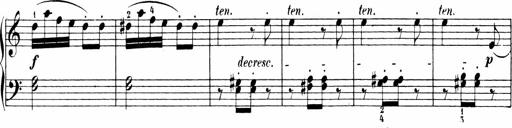
Title: Sonatinen Op.47, 98 und 136, nebst 6 Liedersonatinen
Composer: Carl Reinecke